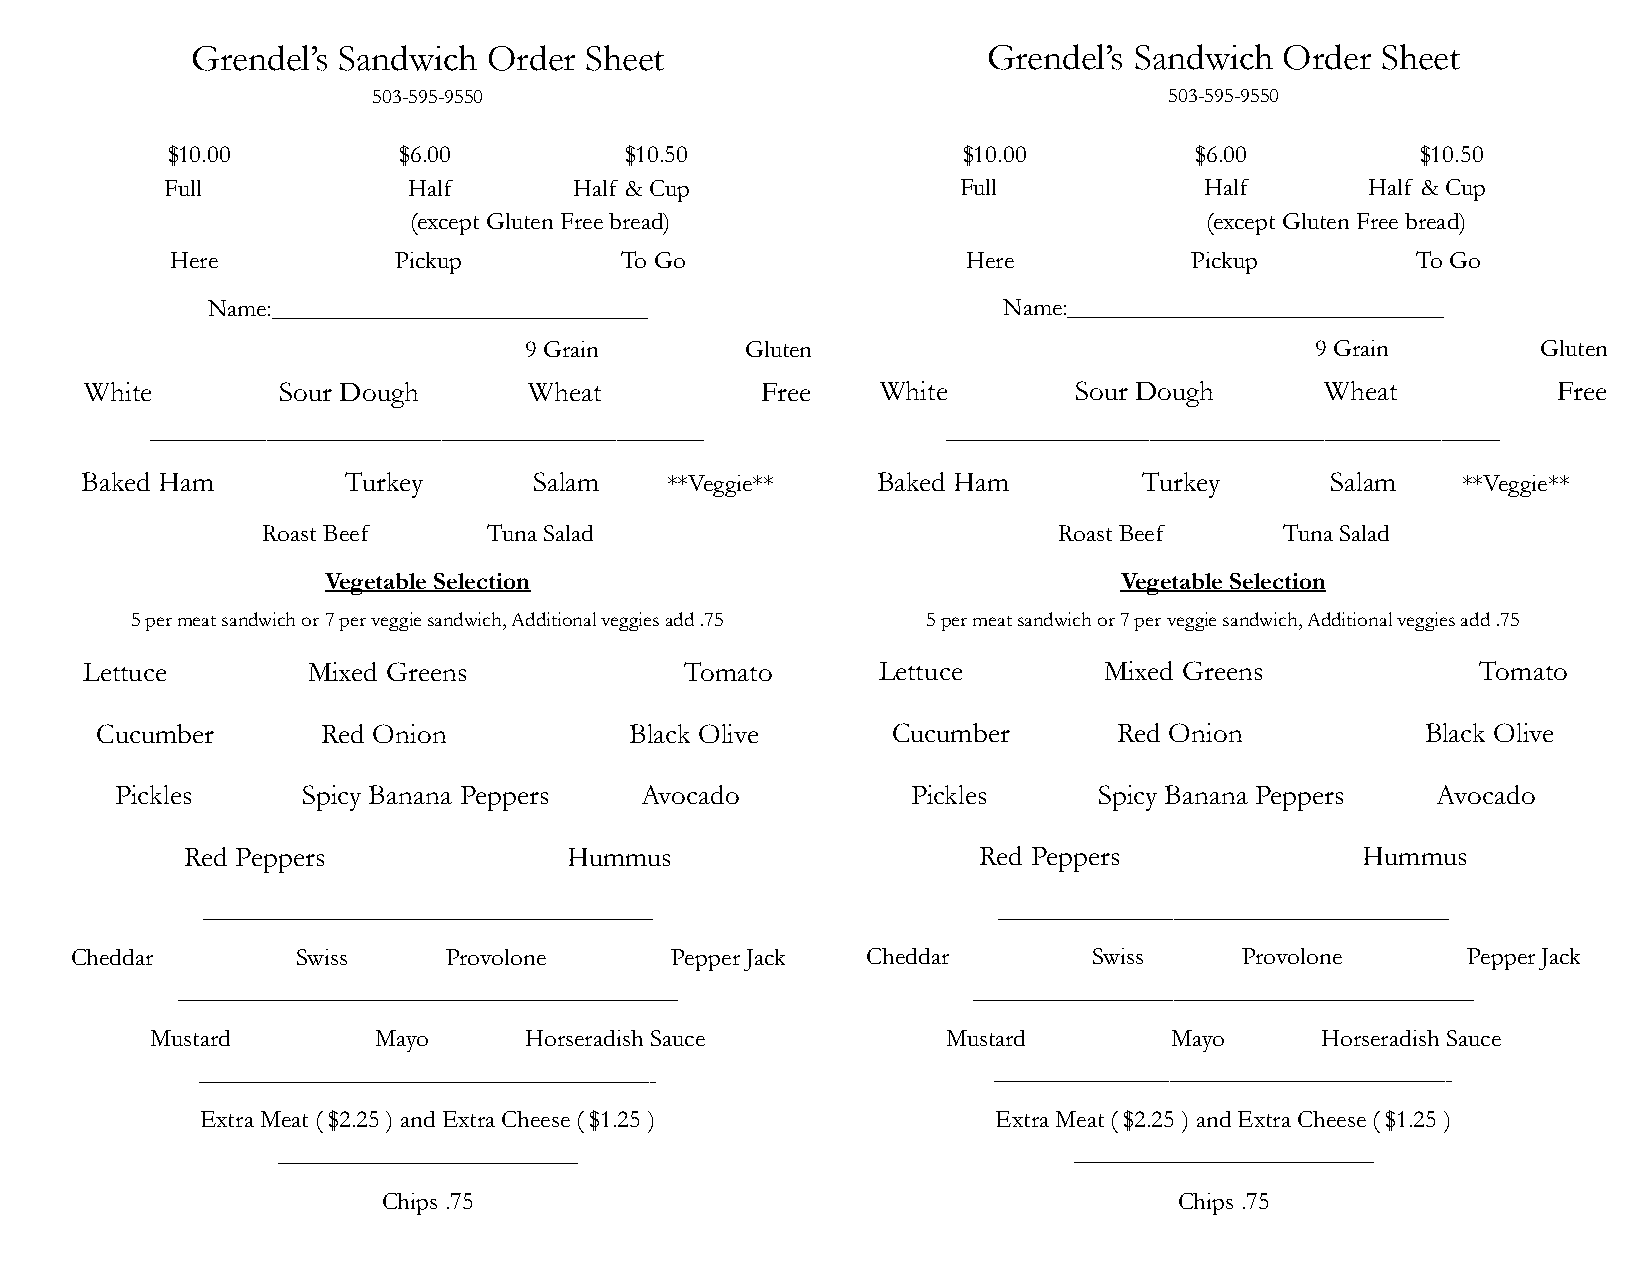
Grendel’s Sandwich Order  Sheet                     Grendel’s Sandwich  Order Sheet
 503-595-9550                                        503-595-9550
 $10.00         $6.00          $10.50                 $10.00         $6.00          $10.50
 Full            Half       Half & Cup                Full            Half       Half & Cup
 (except Gluten Free bread)                           (except Gluten Free bread)
 Here           Pickup         To Go                  Here           Pickup         To Go
 Name:______________________________                 Name:______________________________
 9 Grain       Gluten                                9 Grain        Gluten
 White       Sour Dough       Wheat          Free    White        Sour Dough       Wheat          Free
 ———————————————————                                  ———————————————————
 Baked Ham         Turkey      Salam    **Veggie**    Baked Ham         Turkey      Salam    **Veggie**
 Roast Beef     Tuna Salad                            Roast Beef     Tuna Salad
 Vegetable Selection                                 Vegetable Selection
 5 per meat sandwich or 7 per veggie sandwich, Additional veggies add .75 5 per meat sandwich or 7 per veggie sandwich, Additional veggies add .75
 Lettuce        Mixed Greens             Tomato       Lettuce        Mixed Greens             Tomato
 Cucumber       Red Onion            Black Olive      Cucumber       Red Onion           Black Olive
 Pickles     Spicy Banana Peppers  Avocado           Pickles      Spicy Banana Peppers  Avocado
 Red Peppers              Hummus                      Red Peppers              Hummus
 ——————————————————                                   ——————————————————
 Cheddar        Swiss     Provolone     Pepper Jack  Cheddar        Swiss     Provolone      Pepper Jack
 ————————————————————                                ————————————————————
 Mustard        Mayo      Horseradish Sauce           Mustard       Mayo      Horseradish Sauce
 ——————————————————-                                  ——————————————————-
 Extra Meat ( $2.25 ) and Extra Cheese ( $1.25 )      Extra Meat ( $2.25 ) and Extra Cheese ( $1.25 )
 ————————————                                         ————————————
 Chips .75                                            Chips .75